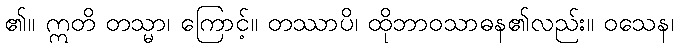
၏။ ဣတိ တသ္မာ၊ ကြောင့်။ တဿာပိ၊ ထိုဘာဝသာဓန၏လည်း။ ဝသေန၊